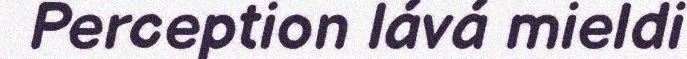
Perception lává mieldi